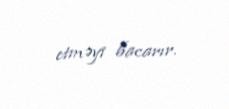
etməyi bacarır.